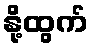
နို့ထွက်